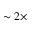
\sim 2 \times